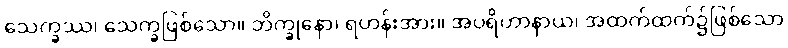
သေက္ခဿ၊ သေက္ခဖြစ်သော။ ဘိက္ခုနော၊ ရဟန်းအား။ အပရိဟာနာယ၊ အထက်ထက်၌ဖြစ်သော